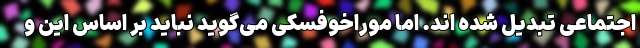
اجتماعی تبدیل شده اند. اما موراخوفسکی می‌گوید نباید بر اساس این و